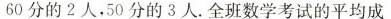
60分的2人，50分的3人。全班数学考试的平均成